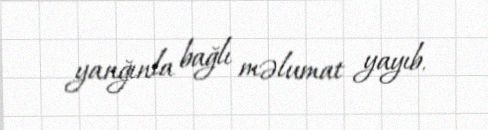
yanğınla bağlı məlumat yayıb.